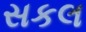
સકલ